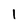
Character: l